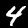
Digit: 4